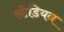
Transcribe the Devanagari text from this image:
स्टेडियन